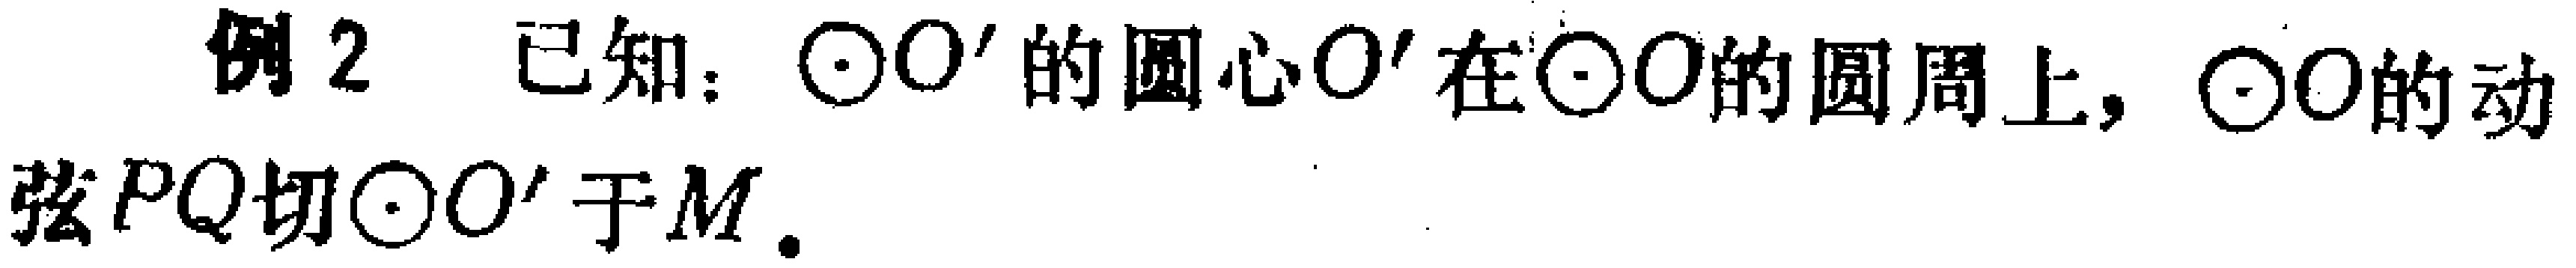
例2 已知：$\odot O'$的圆心$O'$在$\odot O$的圆周上，$\odot O$的动弦$PQ$切$\odot O'$于$M$.